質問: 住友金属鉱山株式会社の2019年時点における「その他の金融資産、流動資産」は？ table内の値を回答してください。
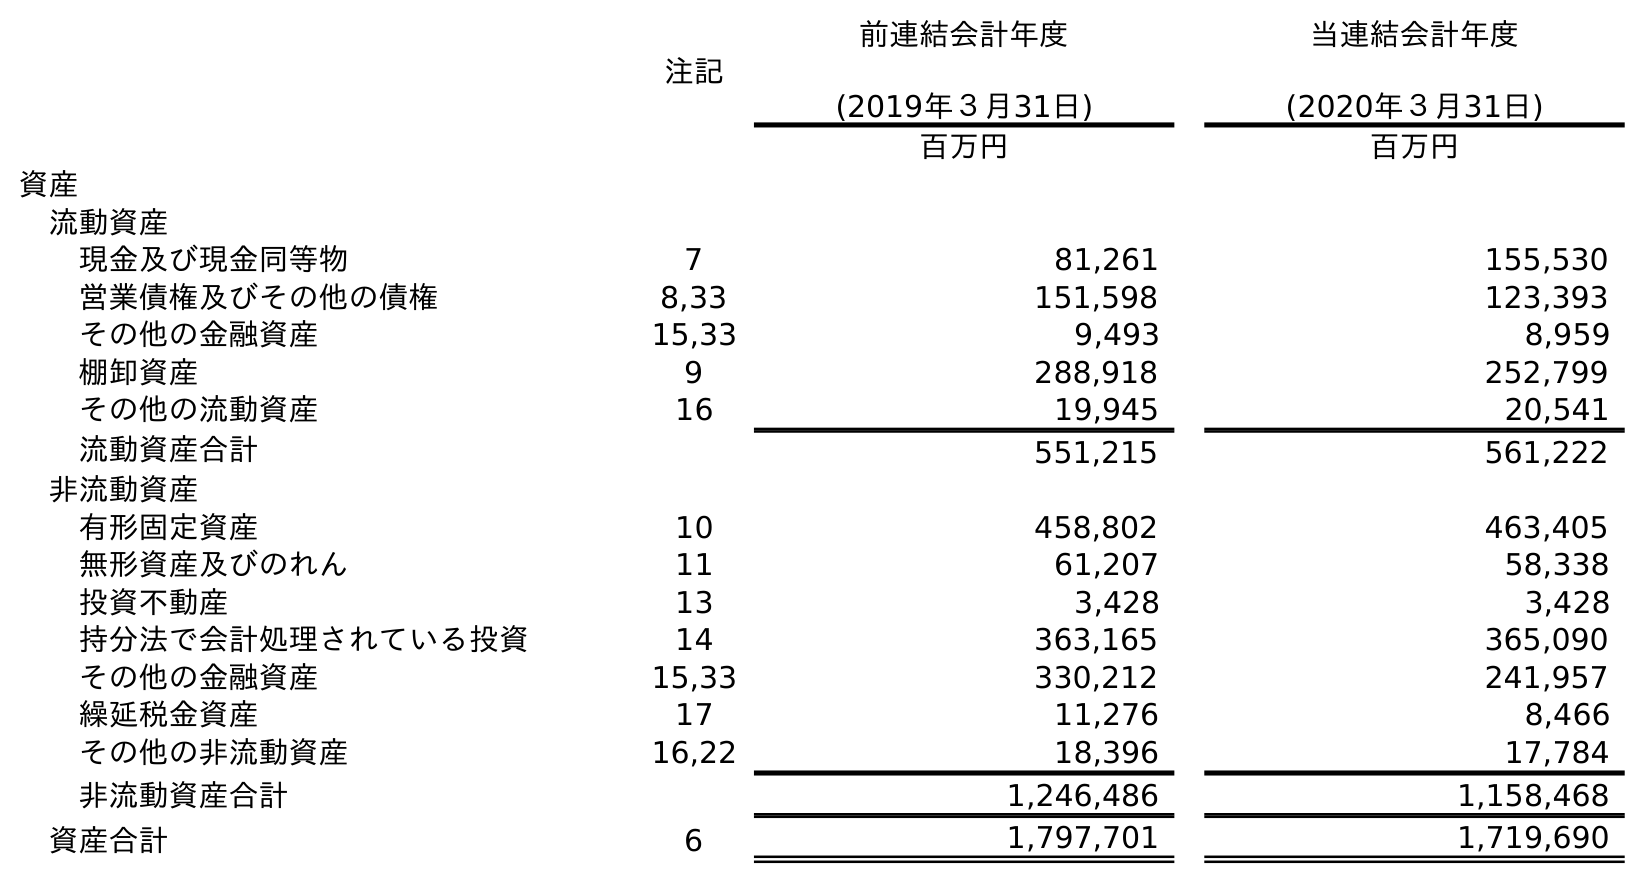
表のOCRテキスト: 注記 前連結会計年度 (2019年３月31日) 当連結会計年度 (2020年３月31日) 百万円 百万円 資産 流動資産 現金及び現金同等物 7 81,261 155,530 営業債権及びその他の債権 8,33 151,598 123,393 その他の金融資産 15,33 9,493 8,959 棚卸資産 9 288,918 252,799 その他の流動資産 16 19,945 20,541 流動資産合計 551,215 561,222 非流動資産 有形固定資産 10 458,802 463,405 無形資産及びのれん 11 61,207 58,338 投資不動産 13 3,428 3,428 持分法で会計処理されている投資 14 363,165 365,090 その他の金融資産 15,33 330,212 241,957 繰延税金資産 17 11,276 8,466 その他の非流動資産 16,22 18,396 17,784 非流動資産合計 1,246,486 1,158,468 資産合計 6 1,797,701 1,719,690
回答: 9,493